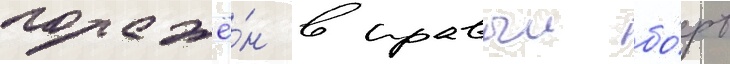
поражё́н в правыи бо́рт